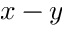
x - y